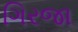
ગિરજા